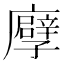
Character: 𢋶